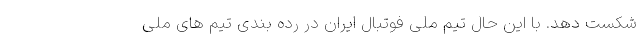
شکست دهد. با این حال تیم ملی فوتبال ایران در رده بندی تیم های ملی